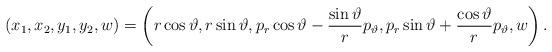
LaTeX: \begin{align*}(x_1,x_2,y_1,y_2,w)=\left(r \cos\vartheta,r\sin\vartheta, p_r \cos\vartheta -\frac{\sin\vartheta}{r}p_\vartheta, p_r \sin\vartheta + \frac{\cos\vartheta}{r}p_\vartheta,w\right).\end{align*}